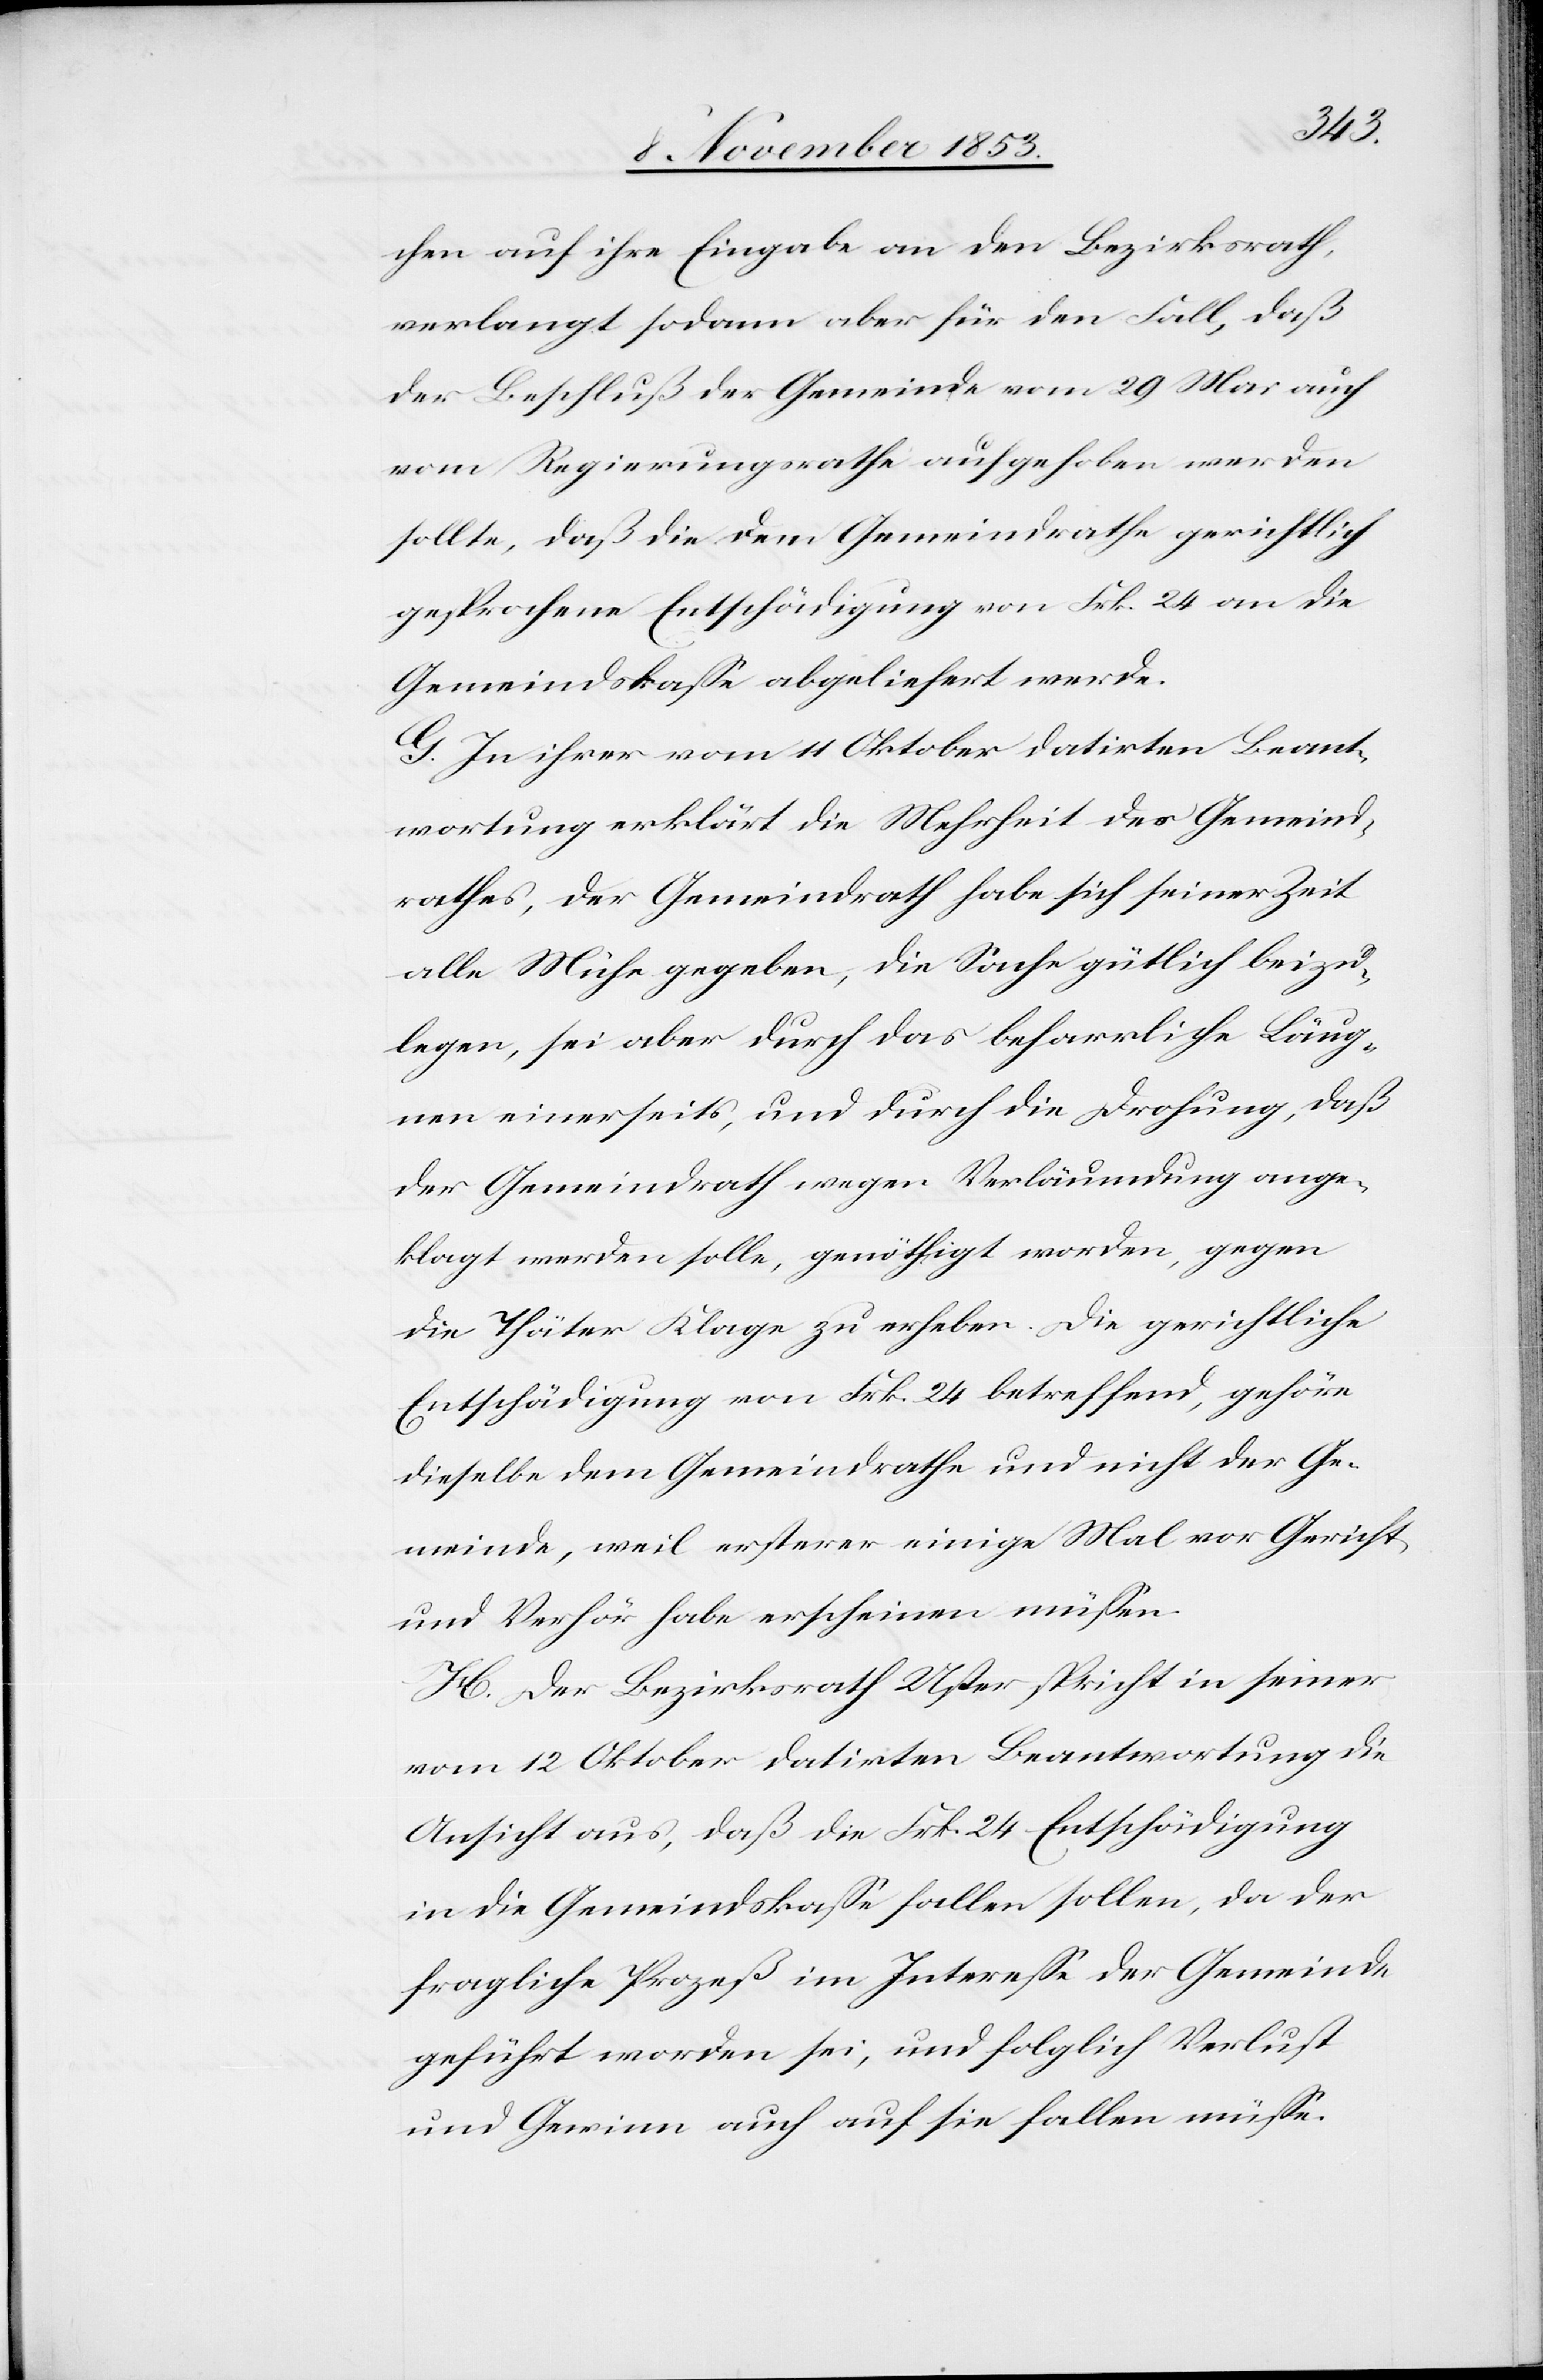
chen auf ihre Eingabe an den Bezirksrath,
verlangt sodann aber für den Fall, daß
der Beschluß der Gemeinde vom 29 Mai auch
vom Regierungsrathe aufgehoben werden
sollte, daß die dem Gemeindrathe gerichtlich
gesprochene Entschädigung von Frk. 24 an die
Gemeindskaße abgeliefert werde.
G. In ihrer vom 11 Oktober datirten Beant¬
wortung erklärt die Mehrheit des Gemeind¬
rathes, der Gemeindrath habe sich seiner Zeit
alle Mühe gegeben, die Sache gütlich beizu¬
legen, sei aber durch das beharrliche Läug¬
nen einerseits, und durch die Drohung, daß
der Gemeindrath wegen Verläumdung ange¬
klagt werden solle, genöthigt worden, gegen
die Thäter Klage zu erheben. Die gerichtliche
Entschädigung von Frk. 24 betreffend, gehöre
dieselbe dem Gemeindrathe und nicht der Ge¬
meinde, weil ersterer einige Mal vor Gericht
und Verhör habe erscheinen müßen.
H. Der Bezirksrath Uster spricht in seiner
vom 12 Oktober datirten Beantwortung die
Ansicht aus, daß die Frk. 24 Entschädigung
in die Gemeindskaße fallen sollen, da der
fragliche Prozeß im Intereße der Gemeinde
geführt worden sei, und folglich Verlust
und Gewinn auch auf sie fallen müße.